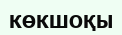
КӨКШОҚЫ